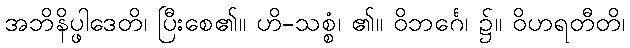
အဘိနိပ္ဖါဒေတိ၊ ပြီးစေ၏။ ဟိ-သစ္စံ၊ ၏။ ဝိဘင်္ဂေ၊ ၌။ ဝိဟရတီတိ၊